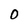
Character: 0